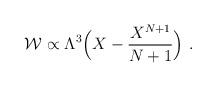
LaTeX: \begin{align*}{\cal W}\propto \Lambda ^3 \Big ( X-{X^{N+1}\over{N+1}}\Big )~.\end{align*}